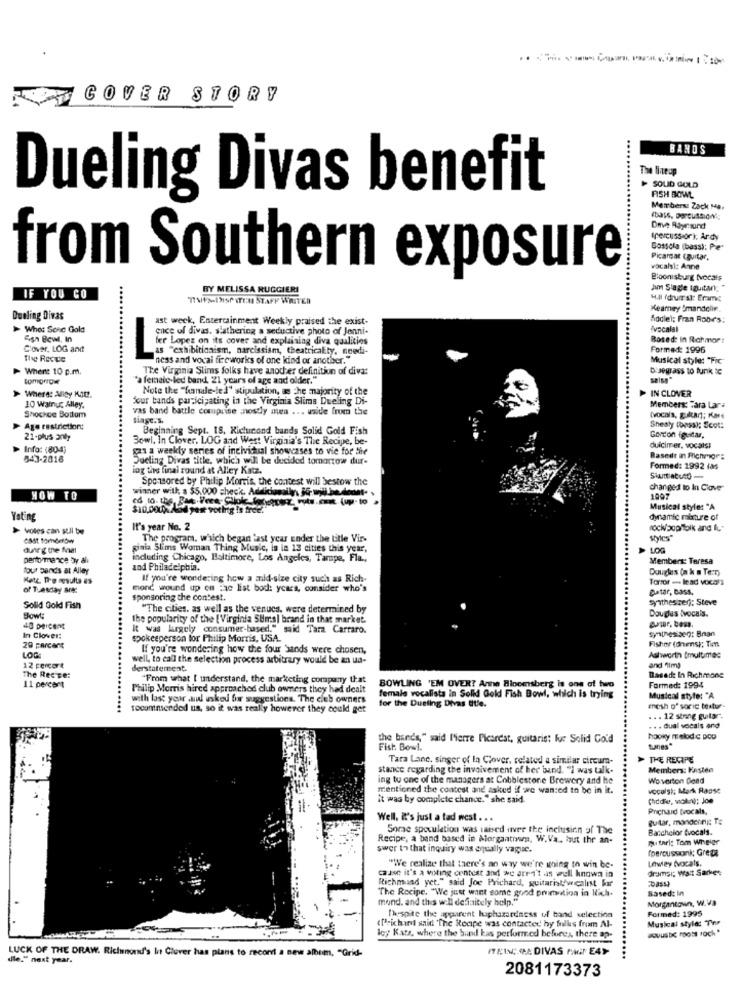
COVER STORY
BANDS
The lineop
Dueling Divas benefit
SOLID GOLD
FISH BOWL
Membersz Zack Ma,
(base, percussion;
Dave Bayraund
(percuss or), Ardy
Gossola (bass): Pre"
Picardat (guitar,
vocalsl: Anne
from Southern exposure
Bloonisburg (vocals
BY MELISSA RUGGIERI
am Slagle Iguitar,
IF YOU CO
TIME>-LIST ITEM STAFF WRITER
Hill fdrural: Erame
Kearney mandolin.
Dueling Divas
ast week, Entertainment Weekly praised the exist-
Addlel: Fran Rob-r's:
-Who: Sonc Gold
ence of divas, slathering a seductive photo of Jenni-
vocalal
Fish Bowl, In
fer Lopes on its cover and explaining diva qualities
Bosed: In Rahmor:
C'over, LOG and
as "exhibitionism, narcissism, theatricalty, noedi-
Formed: 1996
The Revive
ness and vocal fireworks of one kind of another.
Musical style: "Fic
-Whenit 10 c.m.
The Virginia Slims folks have another definition of diva:
Duegrass to funk te
"a female-led band, 21 yours of age and older."
salsa"
Note the "hanale-led" stipulation, a che majority of the
IN CLOVER
Where: Alley Kat.
four bands participating in the Virginia Slims Dueling Di-
10 Watnu: Alley.
vas band battle comprise nostly men ... uside from the
Members: Tara Lar:
Shochce Bottom
siaşc.s.
(vocais, gualtar]; Kare
Age restriction:
Beginning Sept. 18. Kicluicond bands Solid Gold Fish
Shealy (bass); Scot:
21-plus anty
Bowl. In Clover. LOG and West Virginia's The Recipe, be-
Gordon iguitar,
Info: (80-4)
gas a weekly series of individual showcases to vie for the
duicimer, vocals!
543-2016
Dueling Divas title, which will be decided tomorrow dur-
Basedt in Richmigr:
ing the final round at Alley Katz.
Formed: 1992 ias
Sponsored by Philip Morris, the contest will bestow the
winner with a $5,000 check. Additionally, 35- will be.dont. .
changed to In Clove"
HOW TO
1997
$10.0000% Aod yere voting is free.
Musical style: "A
Yoting
dynamic mixture of
voles can sull toe
It's year No. 2
rock/ popfolk and fu-
The program. which began last year Ender the title Vir-
Styles"
pinia Slims Woman Thing Music, la la 13 cities this year,
LOG
performance by al
induding Chicago, Baltimore, Los Angeles, Tampe, Fla .,
Members: Teresa
four bands at Alley
and Philadelphia.
Douglas (n & m Te:)
Kate De results es
If you're wondering how a mid-size city such as Rich-
Tortor - lead vocals
of Tuesday ar
mond wound up om "ac list bod: years, consider who's
Datar, Dass.
sponsoring the contest.
synthesizer); Steve
Solid Gold Fish
"The cities, as well as the venues, were determined by
Douglas ivocals.
Sowt:
the popularity of the [ Virginia SUms] brand in that market.
par, boss.
it was largely consumer-based." said Tara Carraro.
Synthesisen: Bran
In Clover:
spokesperson for Philip Morris, USA.
Fisher (dhens); Tmn
29 percent
If you're wondering how the four Sands were chosen,
LOG
well, to call the selection process arbitrary would be an ua-
Ashworth tmultimed
12 percert
Berstatement.
and fima
The Rec pe:
"From what I understand, the marketing company that
Basede In Richmone
11 percent
Philip Morris hired approached club owners they had dealt
female vocalista in Solid Gold Fish Bowl, which is trying
BOWLING 'EM OVER? Anne Binemsberg is ons of two
Formed: 1994
with last year .nul asked for suggestions. The cies owners
Musical style: "A
recommended us, so it was really however they could get
for the Dueling Divas Etle.
mesh o' soric tortur-
... 12 string guitar".
. . . dual vocals and
the bands," said Merre Picarest, guitarist fur Solid Gold
hooky melod c poD
Fish Bowl.
tunes"
Tara Lane, singer of In Clover, related a similar circum-
> THE RECIPE
stance regarding the involvement of her band. "i was talk-
Members: Kasten
ing to one of the managers at Cobblestone Brewery and he
Woverton Dead
mentioned the contest and asked if we wanted to be in it.
vocalsi; Mark Rasse
it was by complete chance."she said.
(hddle, walkin); Joe
Prichard tvocals,
Well. it's just a tad west . . .
guitar, mondeling; Te
Sorae speculation was raised aver the inclusion of The
Batchelor Evocals.
Recipe, a band based in Morgantown, W.Va .. hut the an-
Tu tari: Tom Wheler
swer to that inquiry was equally vague.
fpercussionk; Great
Lowey (vocats.
cause it's a voting contest and we aren't as well knowa in
"We realize that there's an way we're going to win be-
dramar; Wat Sarkes
Richmand yet." said Joe Prichard, guitarist/wcalist ki
The Recipe. "We just want some good prendtion in lich.
Based: In
mond. and this will defaitely help."
Morgantown, W.V.
Formed: 1995
Thespite the apparent luiphazardness of band selection
Musical style: Two
(['-ichinil said 'The Recipe was contacted hy fulks from Al-
ley Katz, where the bund kas performed beforey, there ap-
LUCK OF THE DRAW. Richmond's It Clover has plans to recont a new album, "Grid-
ITEIN; ( DIVAS PA E4Y
die." next year.
...
2081173373